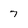
Character: 7